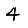
Digit: 4